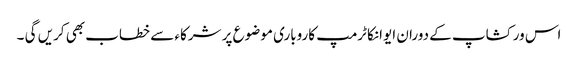
اس ورکشاپ کے دوران ایوانکا ٹرمپ کاروباری موضوع پر شرکاء سے خطاب بھی کریں گی ۔